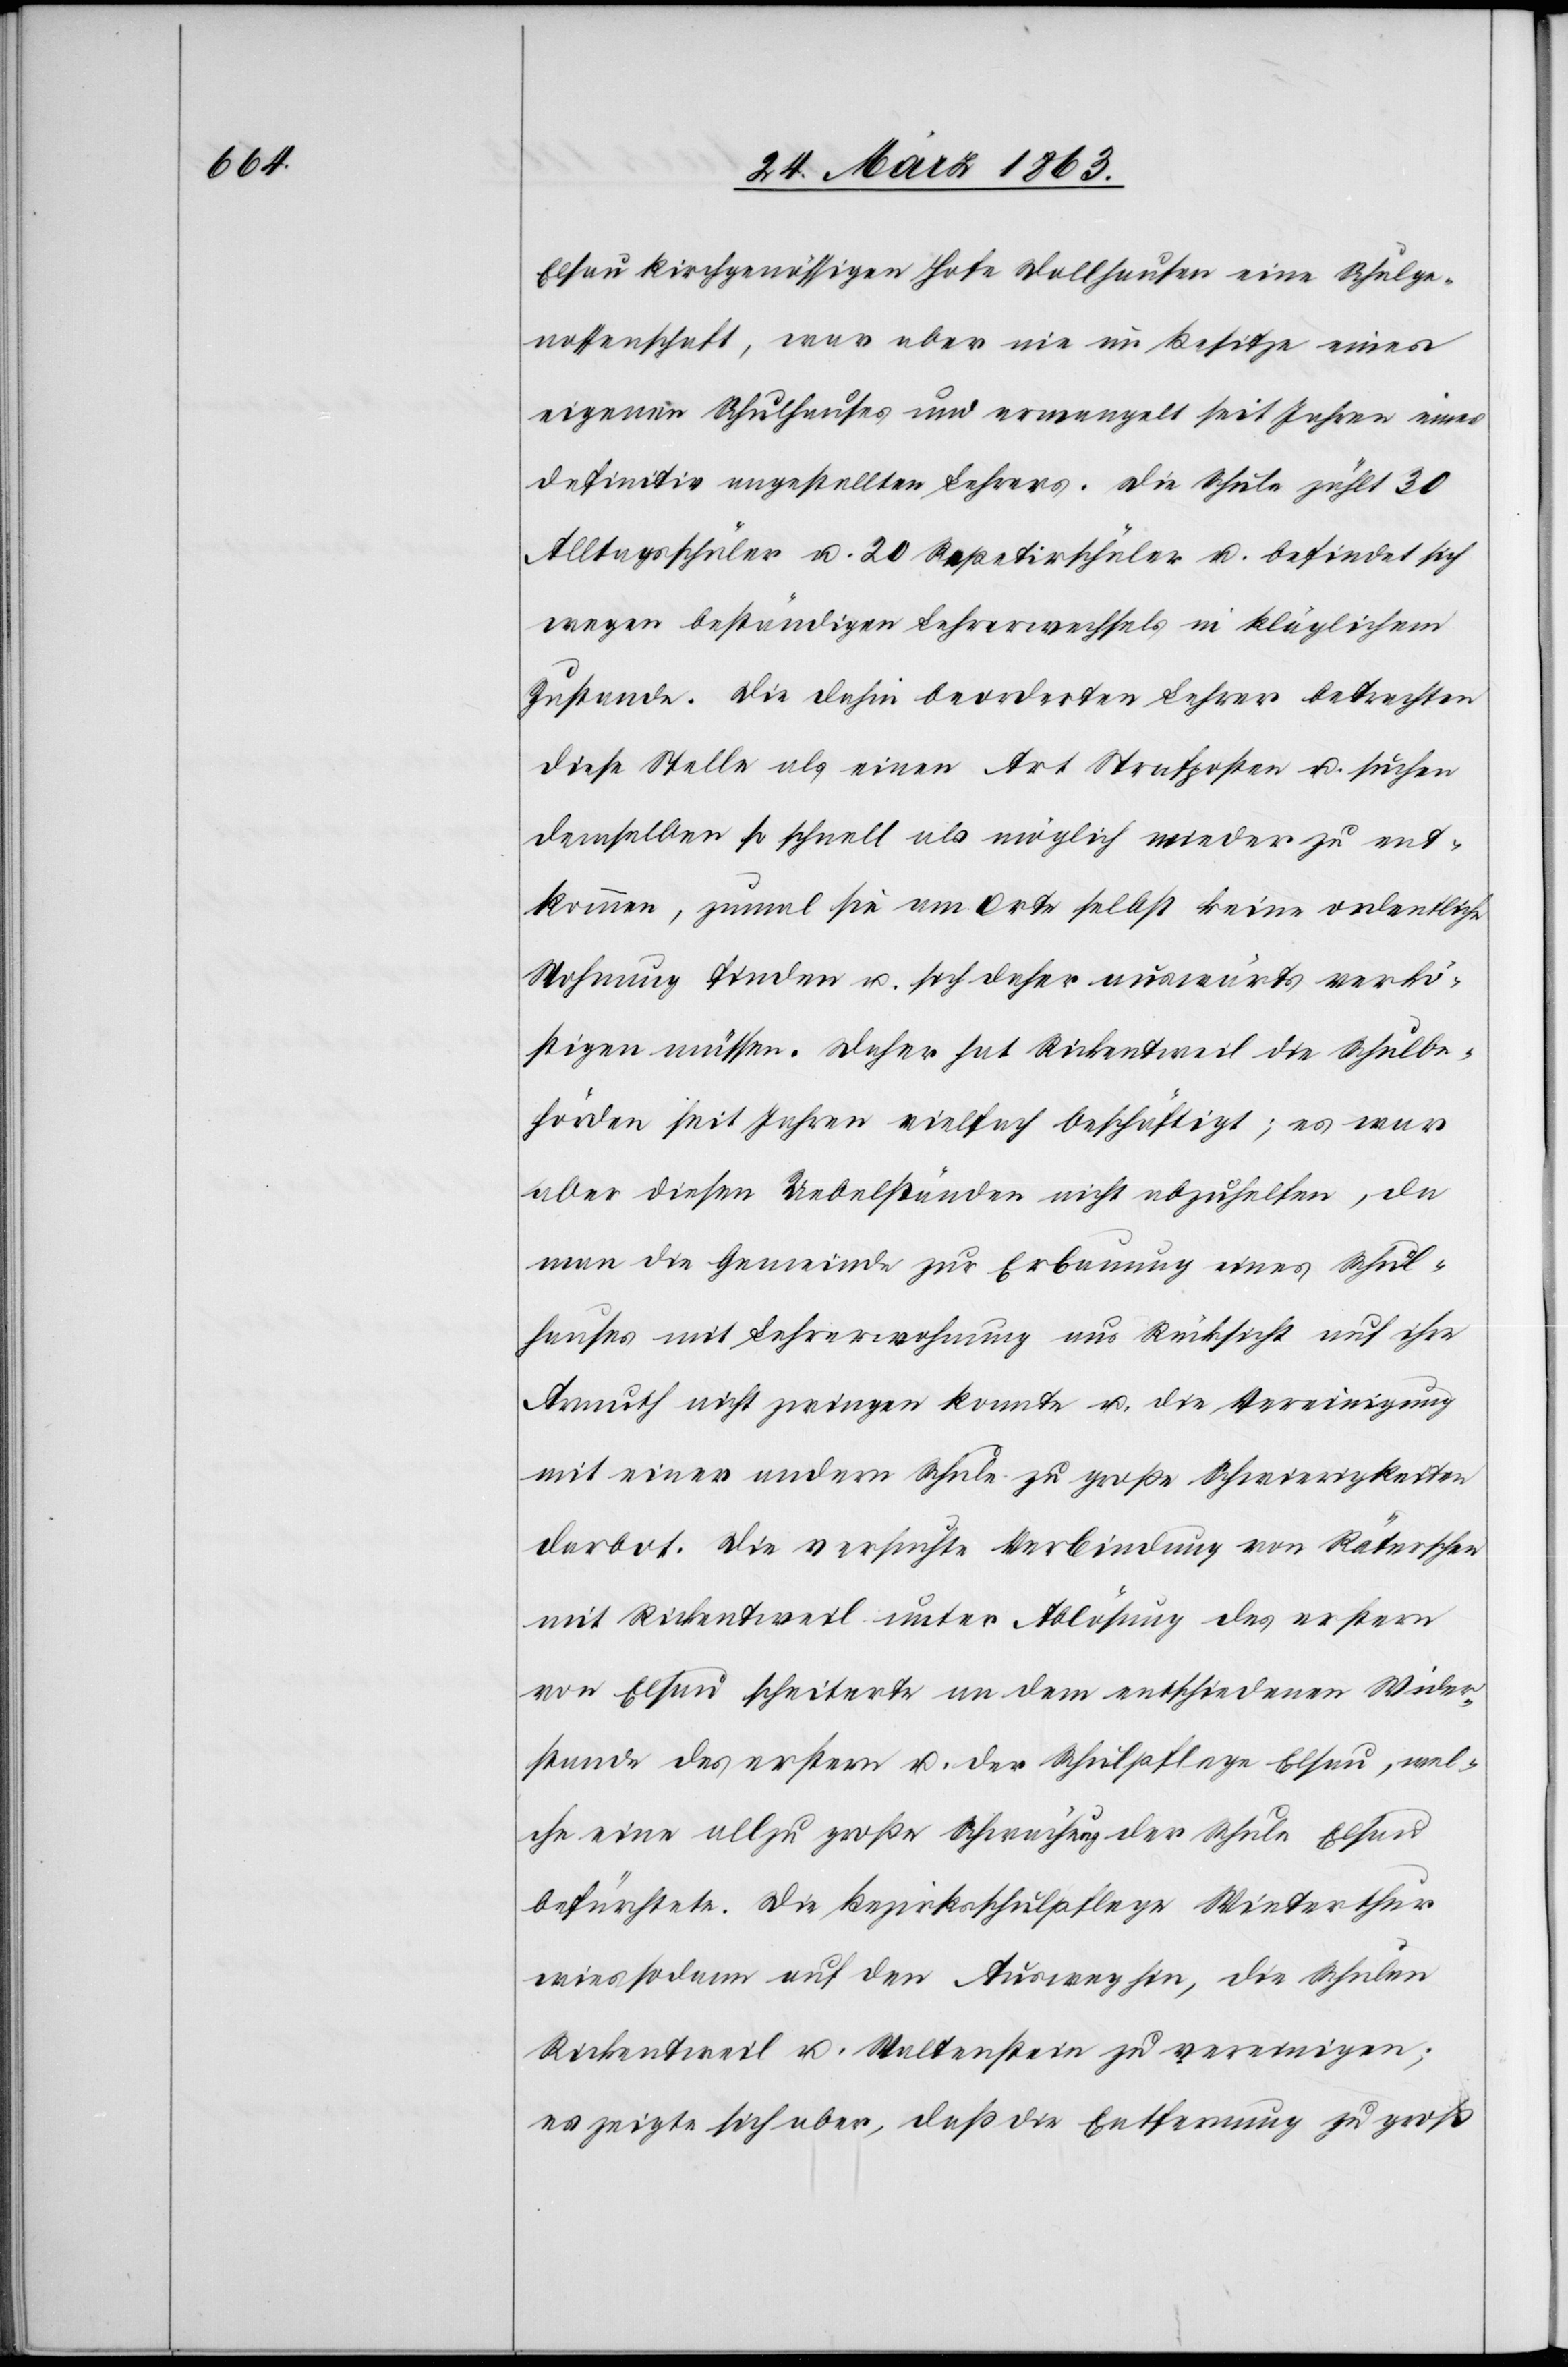
Elsau kirchgenössigen Hofe Dollhausen eine Schulge¬
nossenschaft, war aber nie im Besitze eines
eigenen Schulhauses und ermangelt seit Jahren eines
definitiv angestellten Lehrers. Die Schule zählt 30
Alltagsschüler u. 20 Repetirschüler u. befindet sich
wegen beständigen Lehrerwechsels in kläglichem
Zustande. Die dahin beorderten Lehrer betrachten
diese Stelle als einen Art Strafposten u. suchen
demselben so schnell als möglich wieder zu ent¬
kommen, zumal sie am Orte selbst keine ordentliche
Wohnung finden u. sich daher auswärts verkö¬
stigen müssen. Daher hat Rickentweil die Schulbe¬
hörden seit Jahren vielfach beschäftigt; es war
aber diesen Uebelständen nicht abzuhelfen, da
man die Gemeinde zur Erbauung eines Schul¬
hauses mit Lehrerwohnung aus Rücksicht auf ihre
Armuth nicht zwingen konnte u. die Vereinigung
mit einer andern Schule zu große Schwierigkeiten
darbot. Die versuchte Verbindung von Räterschen
mit Rickentweil unter Ablösung des erstern
von Elsau scheiterte an dem entschiedenen Wider¬
stande des erstern u. der Schulpflege Elsau, wel¬
che eine allzu große Schwächung der Schule Elsau
befürchtete. Die Bezirksschulpflege Winterthur
wies sodann auf den Ausweg hin, die Schulen
Rickentweil u. Waltenstein zu vereinigen;
es zeigte sich aber, daß die Entfernung zu groß